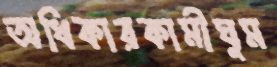
অধিকারকামীঘুম